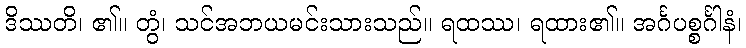
ဒိဿတိ၊ ၏။ တွံ၊ သင်အဘယမင်းသားသည်။ ရထဿ၊ ရထား၏။ အင်္ဂပစ္စင်္ဂါနံ၊